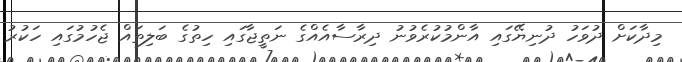
މިދާކަށް ދުވަހު ދުނިޔޭގައި އާންމުކުރެވުނު ދިރާސާއެއްގެ ނަތީޖާގައި ހިތުގެ ބަލިތައް ޖެހުމުގައި ހަކުރު